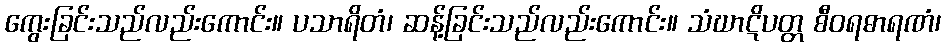
ကွေးခြင်းသည်လည်းကောင်း။ ပသာရိတံ၊ ဆန့်ခြင်းသည်လည်းကောင်း။ သံဃာဋိပတ္တ စီဝရဓာရဏံ၊